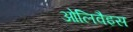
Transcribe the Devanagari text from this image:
ओलिवैइस